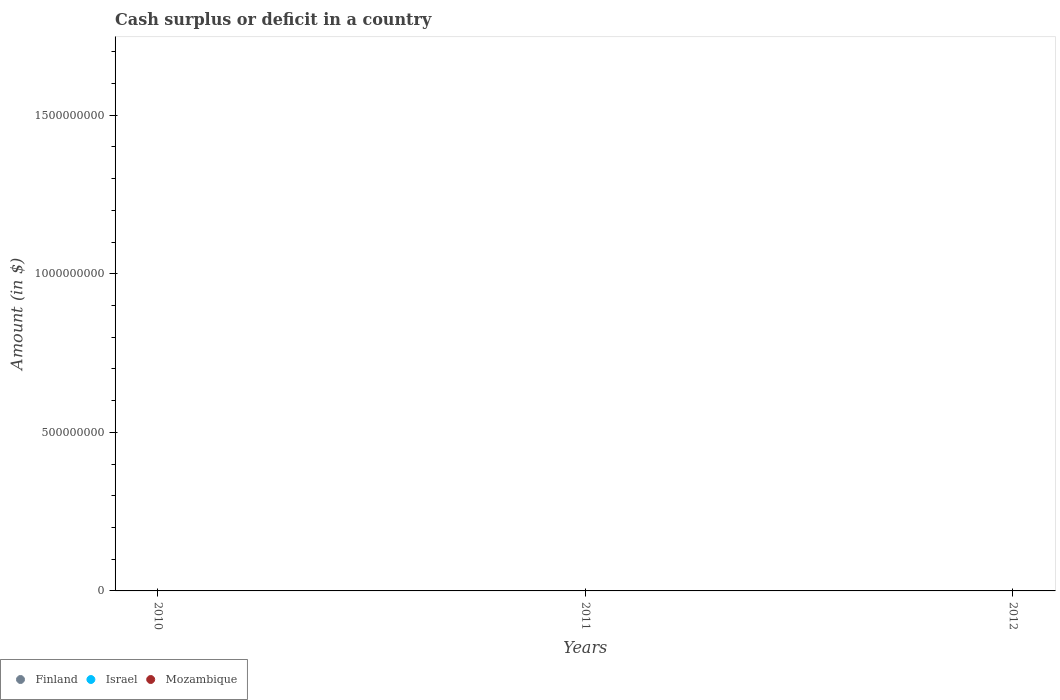
| Years | Finland | Israel | Mozambique |
 | --- | --- | --- | --- |
 | 2010 | -4.66e+09 | -4.08e+10 | -1.22e+10 |
 | 2011 | -9e+08 | -3.89e+10 | -1.35e+10 |
 | 2012 | -2.08e+09 | -5.39e+10 | -1.15e+10 |